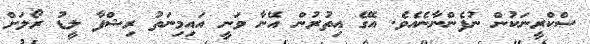
ސްކްރީނަކުން ނުފެންނާނެއެވެ. އޭގެ އިތުރުން އޭނާ ވަނީ އައިމިނަތު ރިޝްފާ ލީޑު ރޯލަށް